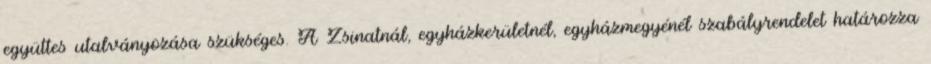
együttes utalványozása szükséges. A Zsinatnál, egyházkerületnél, egyházmegyénél szabályrendelet határozza